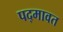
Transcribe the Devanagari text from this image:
पद्‍मावत